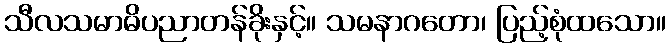
သီလသမာဓိပညာတန်ခိုးနှင့်။ သမနာဂတော၊ ပြည့်စုံထသော။